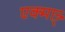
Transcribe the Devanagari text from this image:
एक्मात्र्